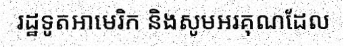
រដ្ឋទូតអាមេរិក និងសូមអរគុណដែល